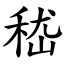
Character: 嵇